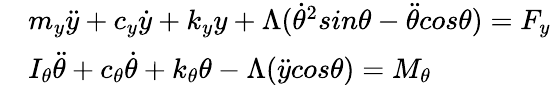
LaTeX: \begin{array}{rl}&{m_{y}\ddot{y}+c_{y}\dot{y}+k_{y}y+\Lambda(\dot{\theta}^{2}sin\theta-\ddot{\theta}cos\theta)=F_{y}}\\ &{I_{\theta}\ddot{\theta}+c_{\theta}\dot{\theta}+k_{\theta}\theta-\Lambda(\ddot{y}cos\theta)=M_{\theta}}\end{array}